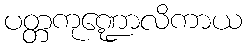
ပတ္တကုဏ္ဍောလိကာယ